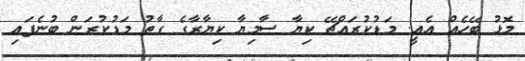
މޮޅު ބޭހެއް އެއީ. މަޑުކުރައްޗޭ ކިޔާ ސާމިޔާ ކިޔާރާގެ ގާތު މަޑުކުރަން ބުނެފައި